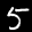
Label: 5